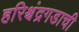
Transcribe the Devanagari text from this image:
हरिश्चंद्रगडाची